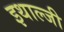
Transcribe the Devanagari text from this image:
इथाल्जी